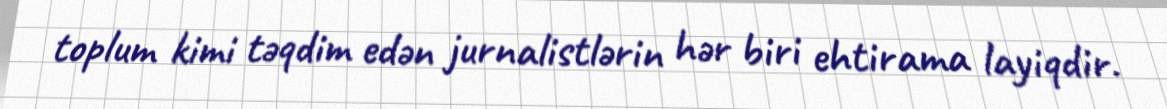
toplum kimi təqdim edən jurnalistlərin hər biri ehtirama layiqdir.